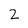
Character: 2